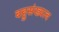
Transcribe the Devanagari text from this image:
बहुसंख्यत्व